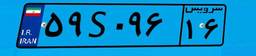
۵۹S۰۹۶۱۶